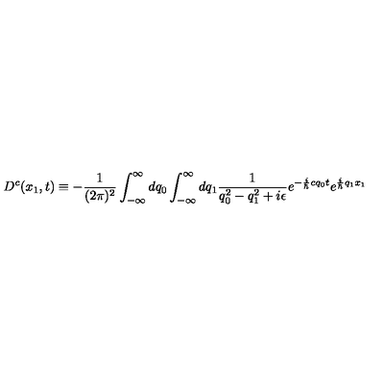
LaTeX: D ^ { c } ( x _ { 1 } , t ) \equiv - \frac { 1 } { ( 2 \pi ) ^ { 2 } } \int _ { - \infty } ^ { \infty } d q _ { 0 } \int _ { - \infty } ^ { \infty } d q _ { 1 } \frac { 1 } { q _ { 0 } ^ { 2 } - q _ { 1 } ^ { 2 } + i \epsilon } e ^ { - \frac { i } { \hbar } c q _ { 0 } t } e ^ { \frac { i } { \hbar } q _ { 1 } x _ { 1 } }